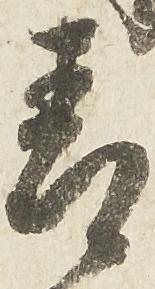
青